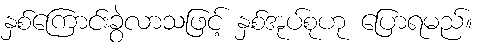
နှစ်ကြောင်းခွဲလာသဖြင့် နှစ်အုပ်စုဟု ပြောရမည်။